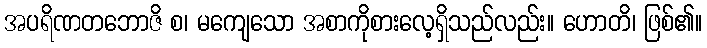
အပရိဏတဘောဇိ စ၊ မကျေသော အစာကိုစားလေ့ရှိသည်လည်း။ ဟောတိ၊ ဖြစ်၏။